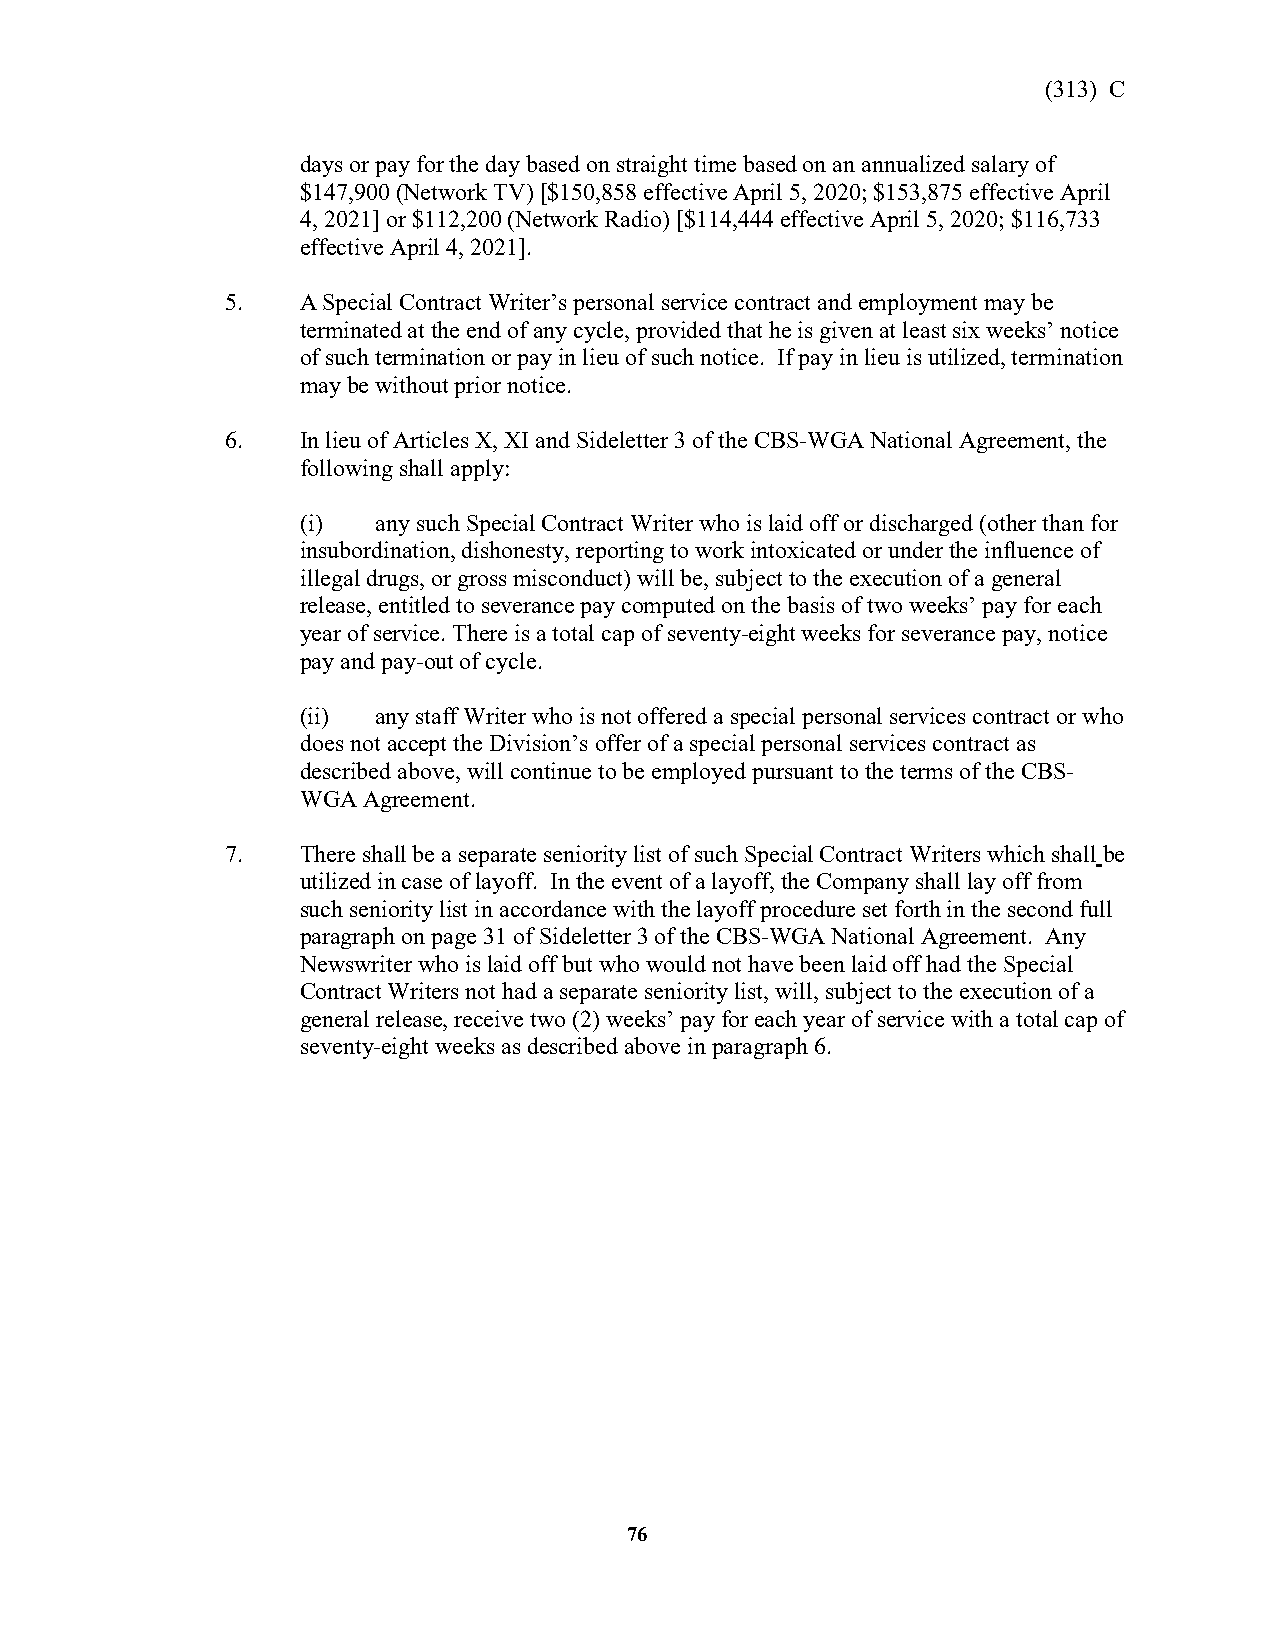
(313) C
 days or pay for the day based on straight time based on an annualized salary of
 $147,900 (Network TV) [$150,858 effective April 5, 2020; $153,875 effective April
 4, 2021] or $112,200 (Network Radio) [$114,444 effective April 5, 2020; $116,733
 effective April 4, 2021].
 5.   A Special Contract Writer’s personal service contract and employment may be
 terminated at the end of any cycle, provided that he is given at least six weeks’ notice
 of such termination or pay in lieu of such notice. If pay in lieu is utilized, termination
 may be without prior notice.
 6.   In lieu of Articles X, XI and Sideletter 3 of the CBS-WGA National Agreement, the
 following shall apply:
 (i)  any such Special Contract Writer who is laid off or discharged (other than for
 insubordination, dishonesty, reporting to work intoxicated or under the influence of
 illegal drugs, or gross misconduct) will be, subject to the execution of a general
 release, entitled to severance pay computed on the basis of two weeks’ pay for each
 year of service. There is a total cap of seventy-eight weeks for severance pay, notice
 pay and pay-out of cycle.
 (ii) any staff Writer who is not offered a special personal services contract or who
 does not accept the Division’s offer of a special personal services contract as
 described above, will continue to be employed pursuant to the terms of the CBS-
 WGA Agreement.
 7.   There shall be a separate seniority list of such Special Contract Writers which shall be
 utilized in case of layoff. In the event of a layoff, the Company shall lay off from
 such seniority list in accordance with the layoff procedure set forth in the second full
 paragraph on page 31 of Sideletter 3 of the CBS-WGA National Agreement. Any
 Newswriter who is laid off but who would not have been laid off had the Special
 Contract Writers not had a separate seniority list, will, subject to the execution of a
 general release, receive two (2) weeks’ pay for each year of service with a total cap of
 seventy-eight weeks as described above in paragraph 6.
 76